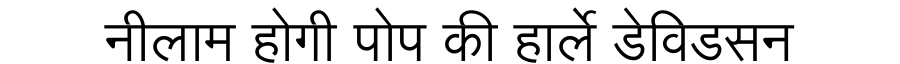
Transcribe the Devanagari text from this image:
नीलाम होगी पोप की हार्ले डेविडसन